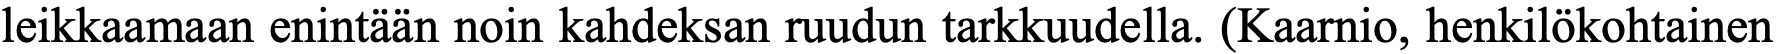
leikkaamaan enintään noin kahdeksan ruudun tarkkuudella. (Kaarnio, henkilökohtainen